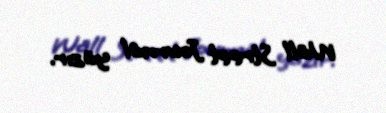
Wall Street Journal yazır.